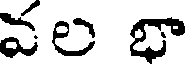
వల భా